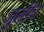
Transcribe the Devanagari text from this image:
जुलीच